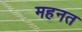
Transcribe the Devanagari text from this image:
महनत